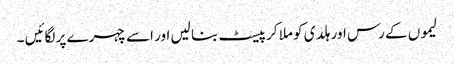
لیموں کے رس اور ہلدی کو ملا کر پیسٹ بنا لیں اور اسے چہرے پر لگائیں ۔